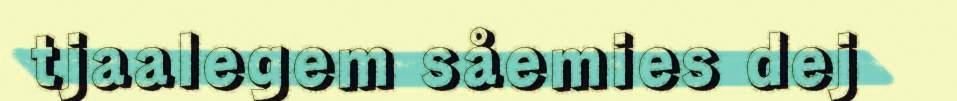
tjaalegem såemies dej